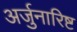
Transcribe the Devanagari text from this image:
अर्जुनारिष्ट